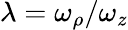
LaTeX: \lambda=\omega_{\rho}/\omega_{z}